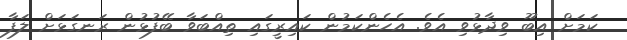
ކަމަށް އިބޫ ވިދާޅުވި އެވެ. އެހެންކަމުން ކައިރީގައި ތިއްބަވާ ބޭފުޅުން ރަނގަޅަށް ލަފާ